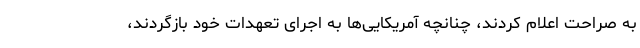
به صراحت اعلام کردند، چنانچه آمریکایی‌ها به اجرای تعهدات خود بازگردند،